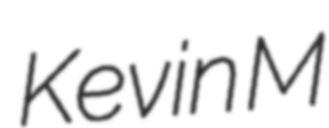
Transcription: Kevin M